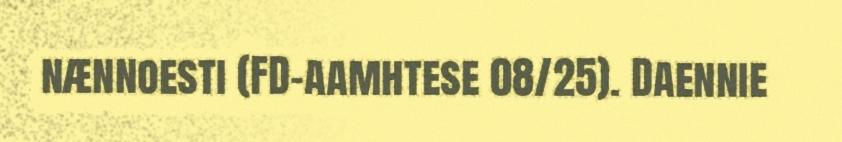
nænnoesti (FD-aamhtese 08/25). Daennie